Vaccination in Bombay 1902-1912 - 1902-1912
Year: 1902
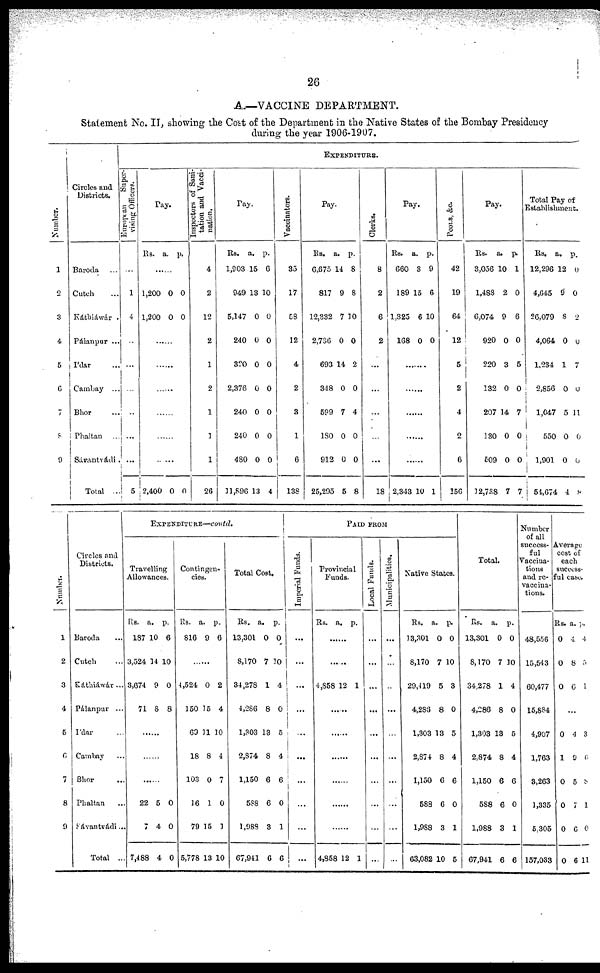
26
A.—VACCINE DEPARTMENT.
Statement No. II, showing the Cost of the Department in the Native States of the Bombay Presidency
during the year 1906-1907.
Number.
1
2
3
4
5
6
7
8
9
Circles and
Districts.
Baroda ...
Cutch ...
Káthiáwár ...
Pálanpur ...
I'dar ...
Cambay ...
Bhor ...
Phaltan ...
Sávantvádi ...
Total ...
EXPENDITURE.
European
Super-
vising Officers.
...
1
4
...
...
...
...
...
...
5
Pay.
Rs. a. p.
......
1,200
1,200
0
0
0
0
......
......
......
......
......
......
2,400 0 0
Inspectors of sani-
tation and Vacci-
nation.
4
2
12
2
1
2
1
1
1
26
Pay.
Rs.
1,903
949
5,147
240
320
2,376
240
240
480
11,896
a.
15
13
0
0
0
0
0
0
0
13
p.
6
10
0
0
0
0
0
0
0
4
Vaccinators.
35
17
58
12
4
2
3
1
6
138
Pay.
Rs.
6,675
817
12,332
2,736
693
348
599
180
912
25,295
a.
14
9
7
0
14
0
7
0
0
5
p.
8
8
10
0
2
0
4
0
0
8
Clerks.
8
2
6
2
...
...
...
...
...
18
Pay.
Rs.
660
189
1,325
168
a.
3
15
6
0
p.
9
6
10
0
......
......
......
......
......
2,343 10 1
Poors, &c.
42
19
64
12
5
2
4
2
6
156
Pay.
Rs.
3,056
1,488
6,074
920
220
132
207
130
509
12,738
a.
10
2
9
0
3
0
14
0
0
7
p.
1
0
6
0
5
0
7
0
0
7
Total Pay of
Establishment.
Rs.
12,296
4,645
26,079
4,064
1,234
2,856
1,047
550
1,901
54,674
a.
12
9
8
0
1
0
5
0
0
4
p.
0
0
2
0
7
0
11
0
0
8
Number.
1
2
3
4
5
6
7
8
9
Circles and
Districts.
Baroda ...
Cutch ...
Káthiáwár ...
Pálanpur ...
I'dar ...
Cambay ...
Bhor ...
Phaltan ...
Sávantvádi ...
Total ...
EXPENDITURE—contd.
Travelling
Allowances.
Rs.
187
3,524
3,674
71
a.
10
14
9
8
p.
6
10
0
8
......
......
......
22
7
7,488
5
4
4
0
0
0
Contingen-
cies.
Rs.
816
a.
9
p.
6
......
4,524
150
69
18
103
16
79
5,778
0
15
11
8
0
1
15
13
2
4
10
4
7
0
1
10
Total Cost.
Rs.
13,301
8,170
34,278
4,286
1,303
2,874
1,150
588
1,988
67,941
a.
0
7
1
8
13
8
6
6
3
6
p.
0
10
4
0
5
4
6
0
1
6
PAID FROM
Imperial Funds.
...
...
...
...
...
...
...
...
...
...
Provincial
Funds.
Rs. a. p.
......
......
4,858 12 1
......
......
......
......
......
......
4,858 12 1
Local Funds.
...
...
...
...
...
...
...
...
...
...
Municipalities.
...
...
...
...
...
...
...
...
...
...
Native States.
Rs.
13,301
8,170
29,419
4,286
1,303
2,874
1,150
588
1,988
63,082
a.
0
7
5
8
13
8
6
6
3
10
p.
0
10
3
0
5
4
6
0
1
5
Total.
Rs.
13,301
8,170
34,278
4,286
1,303
2,874
1,150
588
1,988
67,941
a.
0
7
1
8
13
8
6
6
3
6
p.
0
10
4
0
5
4
6
0
1
6
Number
of all
success-
ful
Vaccina-
tions
and re-
vaccina-
tions.
48,556
15,543
60,477
15,884
4,907
1,763
3,263
1,335
5,305
157,033
Average
cost of
each
success-
ful case.
Rs.
0
0
0
a.
4
8
6
p.
4
5
1
...
0
1
0
0
0
0
4
9
5
7
6
6
3
6
8
1
0
11